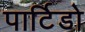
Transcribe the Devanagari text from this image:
पार्टिडो